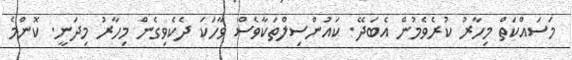
މަސައްކަތް މިހާރު ކުރެވެމުން އެބަދޭ. ކައުންސިލްތަކާވެސް ވާހަކަ ދެކެވިގެން މިހާރު މިދަނީ. ކޮންމެ